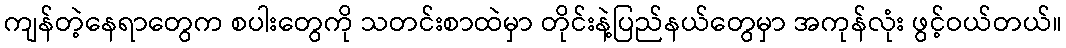
ကျန်တဲ့နေရာတွေက စပါးတွေကို သတင်းစာထဲမှာ တိုင်းနဲ့ပြည်နယ်တွေမှာ အကုန်လုံး ဖွင့်ဝယ်တယ်။